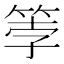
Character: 𫂀